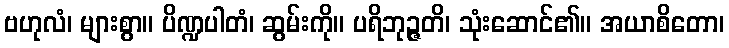
ဗဟုလံ၊ များစွာ။ ပိဏ္ဍပါတံ၊ ဆွမ်းကို။ ပရိဘုဉ္ဇတိ၊ သုံးဆောင်၏။ အယာစိတော၊